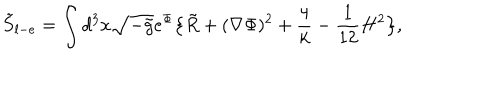
LaTeX: { \tilde { S } } _ { l - e } = \int d ^ { 3 } x \sqrt { - { \tilde { g } } } e ^ { \Phi } \big \{ { \tilde { R } } + ( \nabla \Phi ) ^ { 2 } + { \frac { 4 } { k } } - { \frac { 1 } { 1 2 } } H ^ { 2 } \big \} ,